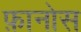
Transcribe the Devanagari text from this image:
फ़ानोस